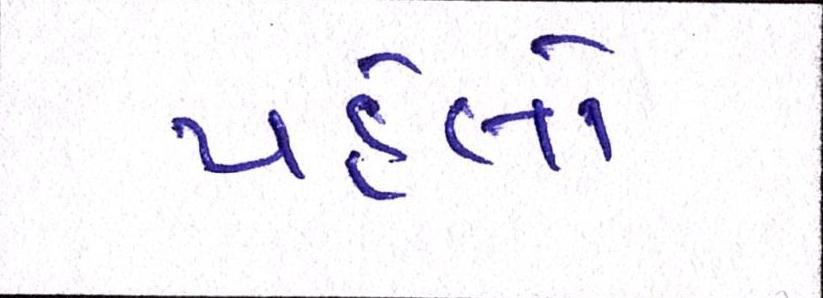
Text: પહેલો